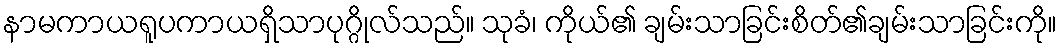
နာမကာယရူပကာယရှိသာပုဂ္ဂိုလ်သည်။ သုခံ၊ ကိုယ်၏ ချမ်းသာခြင်းစိတ်၏ချမ်းသာခြင်းကို။